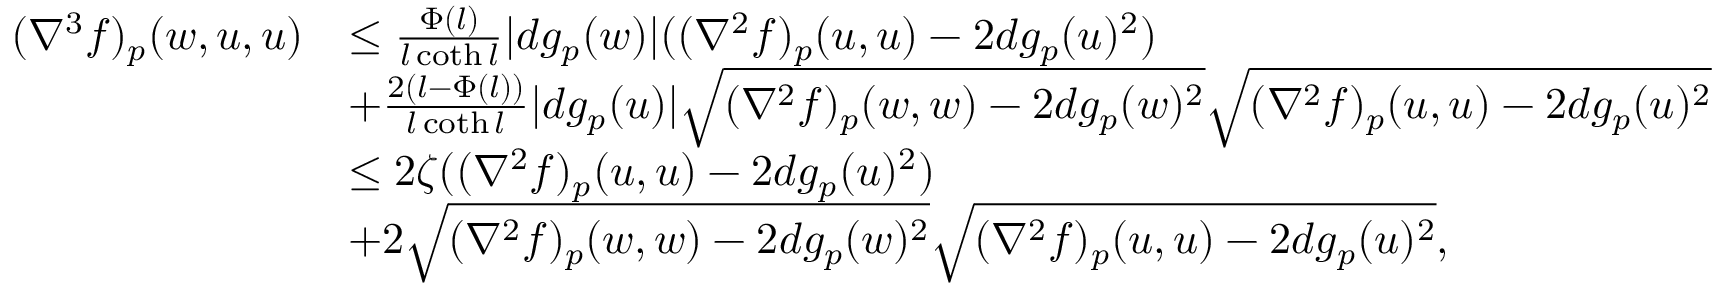
\begin{array} { r l } { ( \nabla ^ { 3 } f ) _ { p } ( w , u , u ) } & { \leq \frac { \Phi ( l ) } { l \coth l } | d g _ { p } ( w ) | ( ( \nabla ^ { 2 } f ) _ { p } ( u , u ) - 2 d g _ { p } ( u ) ^ { 2 } ) } \\ & { + \frac { 2 ( l - \Phi ( l ) ) } { l \coth l } | d g _ { p } ( u ) | \sqrt { ( \nabla ^ { 2 } f ) _ { p } ( w , w ) - 2 d g _ { p } ( w ) ^ { 2 } } \sqrt { ( \nabla ^ { 2 } f ) _ { p } ( u , u ) - 2 d g _ { p } ( u ) ^ { 2 } } } \\ & { \leq 2 \zeta ( ( \nabla ^ { 2 } f ) _ { p } ( u , u ) - 2 d g _ { p } ( u ) ^ { 2 } ) } \\ & { + 2 \sqrt { ( \nabla ^ { 2 } f ) _ { p } ( w , w ) - 2 d g _ { p } ( w ) ^ { 2 } } \sqrt { ( \nabla ^ { 2 } f ) _ { p } ( u , u ) - 2 d g _ { p } ( u ) ^ { 2 } } , } \end{array}